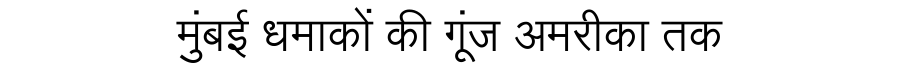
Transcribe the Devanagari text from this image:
मुंबई धमाकों की गूंज अमरीका तक